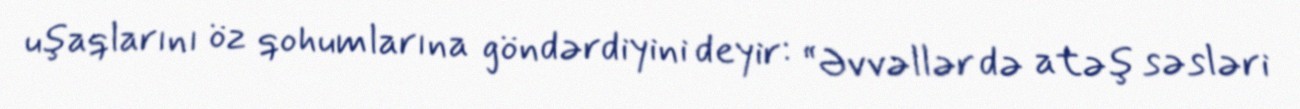
uşaqlarını öz qohumlarına göndərdiyini deyir: “Əvvəllər də atəş səsləri